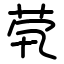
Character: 茕